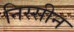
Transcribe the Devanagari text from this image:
निस्सीन